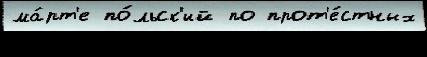
ма́рт'е по́льск'ий по прот'е́стных